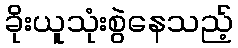
ခိုးယူသုံးစွဲနေသည့်